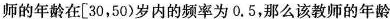
师的年龄在[30，50)岁内的频率为0.5，那么该教师的年龄